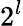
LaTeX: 2^{l}